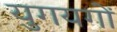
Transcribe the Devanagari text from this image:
युगयगों